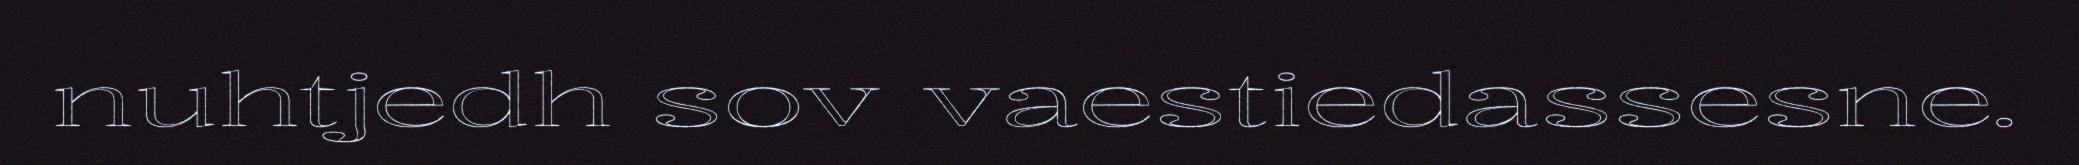
nuhtjedh sov vaestiedassesne.